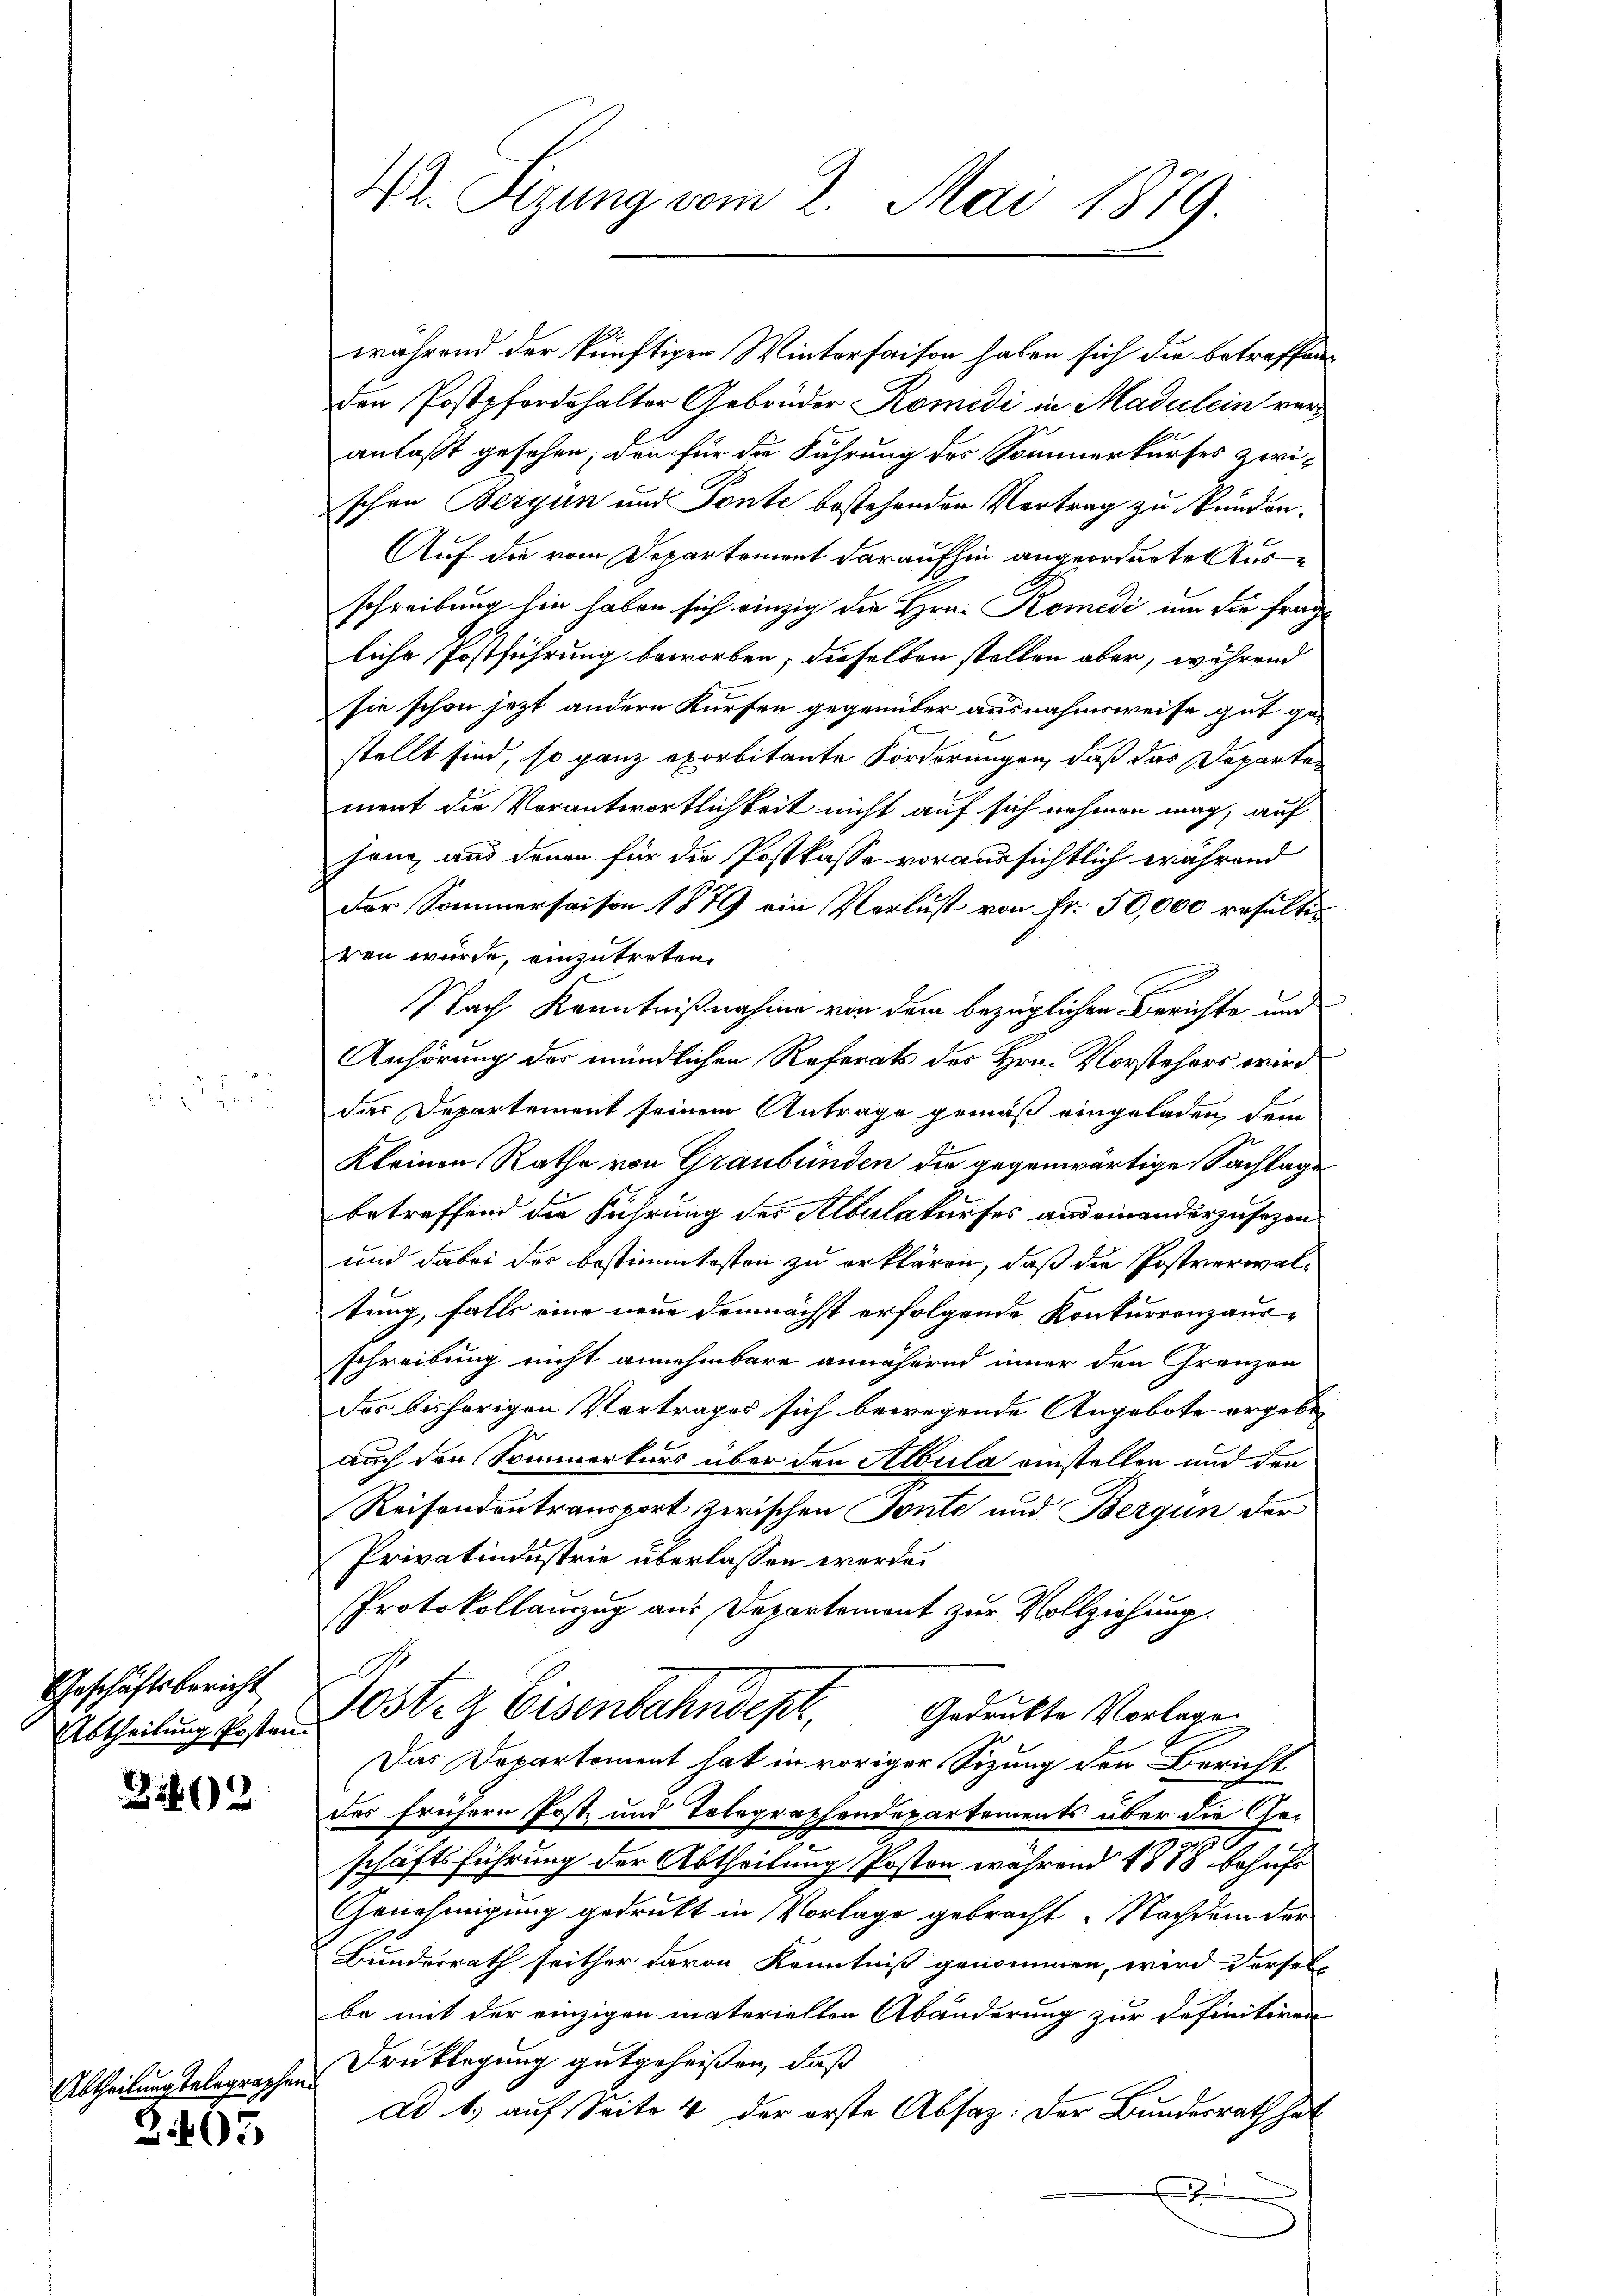
2

Geschäftsbericht
Abtheilung Posten.

3402

Abtheilung telegraphen

403

42. Sizung vom 2. Mai 1879.

während der künftigen Wintersaison haben sich die betreffen
den Postpferdehalter Gebrüder Komedi in Madulein veranlaßt gesehen; den für die Führung des Sommerkurfes zwischon Bergun und Ponte bestehenden Vertrag zu Wundan¬
Auf die vom Departement daraufhin angeordnete Ausschreibung hin haben sich einzig die Hrn. Komedi um die Frage
liche Postführung beworben; dieselben stellen aber, während
sie schon jezt andern Kürfen gegenüber ausnahmsweise gut gestellt sind, so ganz exorbitante Forderungen, daß das Departement die Vorantwortlichkeit nicht auf sich nehmen mag, auf
sang, aus denen für die Postkasse voraussichtlich während
Der Sommersaison 1879 ein Verlust von Fr. 50,000 resultiren wurde, einzutreten.
Nach Kenntnißnahme von dem bezüglichen Berichte und
Anhörung des mündlichen Referats des Hrn. Vorstehers wird
das Departement seinem Antrage gemäß eingeladen, dem
Kleinen Rathe von Graubünden die gegenwärtige Sachlage
betreffend die Führung des Albulakurses and einanderzusezen.
und dabei der bestimmtesten zu erklären, daß die Postverwaltung, falls eine neue demnächst erfolgende Konkurrenzausschreibung nicht annehmbare annähernd inner den Grenzen
des bisherigen Vertrages sich bewegende Angebote ergebeauch den Sommerkurs über den Albula einstellen und den
Reisendentransport zwischen Tonte und Bergun der
Privatindustrie überlassen werde.
Protokollauszug aus Departement zur Vollziehung.
A
Sosten Eisenbahndepr
Gedruckte Vorlage
Das Departement hat in voriger Sitzung den Bericht
das frühern Post und Tolegraphendepartements über die Geschäftsführung der Abtheilung Posten während 1888 behufs
Genehmigung gedrukt in Vorlage gebracht. Nachdem der
Bunderrath seither davon Kenntniß genommen, wird derselbe mit der einzigen materiellen Abänderung zur Definitiven
Druklegung gutgeheißen, daß
ad 1., auf Seite 4 der erste Absaz: Der Bundesrath hat
.